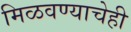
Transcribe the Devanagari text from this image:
मिळवण्याचेही